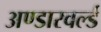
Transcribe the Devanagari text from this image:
अण्डारवर्ल्ड